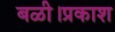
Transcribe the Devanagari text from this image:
बळी।प्रकाश